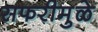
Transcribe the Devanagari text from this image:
सफरीमुळे